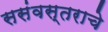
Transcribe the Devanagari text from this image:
ससंवस्तराचे